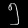
Digit: ၅